Annual administration report of the Civil Veterinary Department of India - 1897-1898
Year: 1897
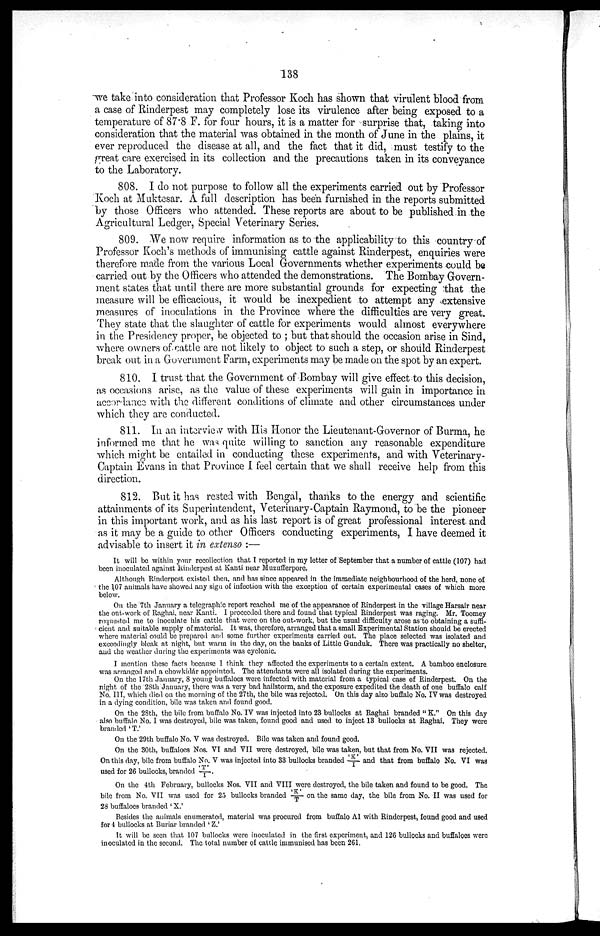
138
we take into consideration that Professor Koch has shown that virulent blood from
a case of Rinderpest may completely lose its virulence after being exposed to a
temperature of 87.8 F. for four hours, it is a matter for surprise that, taking into
consideration that the material was obtained in the month of June in the plains, it
ever reproduced the disease at all, and the fact that it did, must testify to the
great care exercised in its collection and the precautions taken in its conveyance
to the Laboratory.
808. I do not purpose to follow all the experiments carried out by Professor
Koch at Muktesar. A full description has been furnished in the reports submitted
by those Officers who attended. These reports are about to be published in the
Agricultural Ledger, Special Veterinary Series.
809. We now require information as to the applicability to this country of
Professor Koch's methods of immunising cattle against Rinderpest, enquiries were
therefore made from the various Local Governments whether experiments could be
carried out by the Officers who attended the demonstrations. The Bombay Govern-
ment states that until there are more substantial grounds for expecting that the
measure will be efficacious, it would be inexpedient to attempt any extensive
measures of inoculations in the Province where the difficulties are very great.
They state that the slaughter of cattle for experiments would almost everywhere
in the Presidency proper, be objected to; but that should the occasion arise in Sind,
where owners of cattle are not likely to object to such a step, or should Rinderpest
break out in a Government Farm, experiments may be made on the spot by an expert.
810. I trust that the Government of Bombay will give effect to this decision,
as occasions arise, as the value of these experiments will gain in importance in
accordance with the different conditions of climate and other circumstances under
which they are conducted.
811. In an interview with His Honor the Lieutenant-Governor of Burma, he
informed me that he was quite willing to sanction any reasonable expenditure
which might be entailed in conducting these experiments, and with Veterinary-
Captain Evans in that Province I feel certain that we shall receive help from this
direction.
812. But it has rested with Bengal, thanks to the energy and scientific
attainments of its Superintendent, Veterinary-Captain Raymond, to be the pioneer
in this important work, and as his last report is of great professional interest and
as it may be a guide to other Officers conducting experiments, I have deemed it
advisable to insert it in extenso:—
It will be within your recollection that I reported in my letter of September that a number of cattle (107) had
been inoculated against Rinderpest at Kanti near Muzufferpore.
Although Rinderpest existed then, and has since appeared in the immediate neighbourhood of the herd, none of
the 107 animals have showed any sign of infection with the exception of certain experimental cases of which more
below.
On the 7th January a telegraphic report reached me of the appearance of Rinderpest in the village Harsair near
the out-work of Raghai, near Kanti. I proceeded there and found that typical Rinderpest was raging. Mr. Toomey
requested me to inoculate his cattle that were on the out-work, but the usual difficulty arose as to obtaining a suffi-
cient and suitable supply of material. It was, therefore, arranged that a small Experimental Station should be erected
where material could be prepared and some further experiments carried out. The place selected was isolated and
exceedingly bleak at night, but warm in the day, on the banks of Little Gunduk. There was practically no shelter,
and the weather during the experiments was cyclonic.
I mention these facts because I think they affected the experiments to a certain extent. A bamboo enclosure
was arranged and a chowkidar appointed. The attendants were all isolated during the experiments.
On the 17th January, 8 young buffaloes were infected with material from a typical case of Rinderpest. On the
night of the 28th January, there was a very bad hailstorm, and the exposure expedited the death of one buffalo calf
No. III, which died on the morning of the 27th, the bile was rejected. On this day also buffalo No. IV was destroyed
in a dying condition, bile was taken and found good.
On the 28th, the bile from buffalo No. IV was injected into 23 bullocks at Raghai branded "K." On this day
also buffalo No. I was destroyed, bile was taken, found good and used to inject 13 bullocks at Raghai. They were
branded 'T.'
On the 29th buffalo No. V was destroyed. Bile was taken and found good.
On the 30th, buffaloes Nos. VI and VII were destroyed, bile was taken, but that from No. VII was rejected.
On this day, bile from buffalo No. V was injected into 33 bullocks branded 'K'/I and that from buffalo No. VI was
used for 26 bullocks, branded 'T'/I.
On the 4th February, bullocks Nos. VII and VIII were destroyed, the bile taken and found to be good. The
bile from No. VII was used for 25 bullocks branded 'K'/T on the same day, the bile from No. II was used for
28 buffaloes branded 'X.'
Besides the animals enumerated, material was procured from buffalo A1 with Rinderpest, found good and used
for 4 bullocks at Buriar branded 'Z.'
It will be seen that 107 bullocks were inoculated in the first experiment, and 126 bullocks and buffaloes were
inoculated in the second. The total number of cattle immunised has been 261.